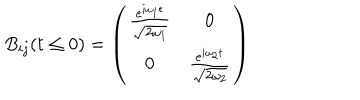
LaTeX: B _ { i j } ( t \leq 0 ) = \left( \begin{array} { c c } { { \frac { e ^ { i \omega _ { 1 } t } } { \sqrt { 2 \omega _ { 1 } } } } } & { { 0 } } \\ { { 0 } } & { { \frac { e ^ { i \omega _ { 2 } t } } { \sqrt { 2 \omega _ { 2 } } } } } \\ \end{array} \right)